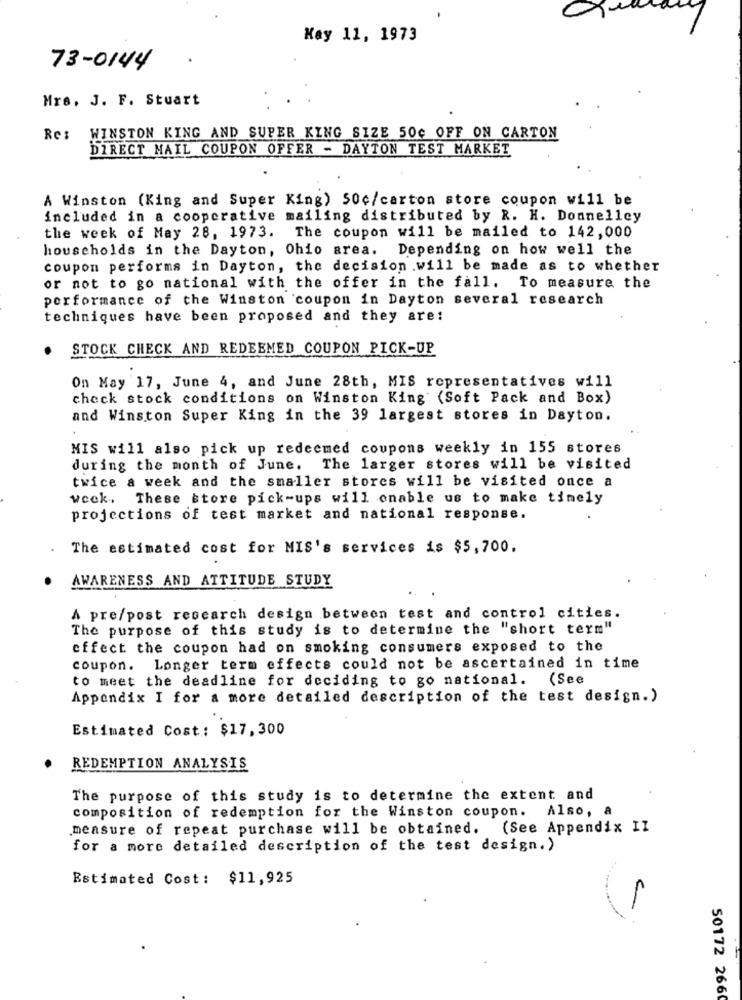
-
Kay 11, 1973
73-0144
Mre, J. F. Stuart
Re:
WINSTON KING AND SUPER KING SIZE 50c OFF ON CARTON
DIRECT MAIL COUPON OFFER - DAYTON TEST MARKET
A Winston (King and Super King) 50c/carton store coupon will be
included in a cooperative mailing distributed by R. H. Donnellcy
the week of May 28, 1973. The coupon will be mailed to 142,000
households in the Dayton, Ohio area. Depending on how well the
coupon performs in Dayton, the decision .will be made as to whether
or not to go national with the offer in the fall. To measure the
performance of the Winston coupon in Dayton several research
techniques have been proposed and they are:
STOCK CHECK AND REDEEMED COUPON PICK-UP
On May 17, June 4, and June 28th, MIS representatives will
check stock conditions on Winston King (Soft Pack and Box)
and Winston Super King in the 39 largest stores in Dayton.
MIS will also pick up redeemed coupons weekly in 155 stores
during the month of June. The larger stores will be visited
twice a week and the smaller stores will be visited once a
week. These store pick-ups will enable us to make timely
projections of test market and national response.
The estimated cost for MIS's services is $5,700,
AWARENESS AND ATTITUDE STUDY
A pre/post research design between test and control cities.
The purpose of this study is to determine the "short term"
effect the coupon had on smoking consumers exposed to the
coupon. Longer term effects could not be ascertained in time
to meet the deadline for deciding to go national. (See
Appendix I for a more detailed description of the test design.)
Estimated Cost: $17,300
REDEMPTION ANALYSIS
The purpose of this study is to determine the extent and
composition of redemption for the Winston coupon. Also, a
measure of repeat purchase will be obtained. (See Appendix II
for a more detailed description of the test design.)
Estimated Cost: $11,925
c
50172 2660